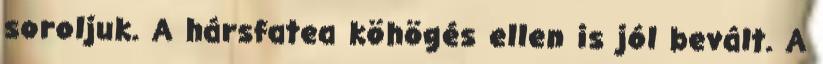
soroljuk. A hársfatea köhögés ellen is jól bevált. A